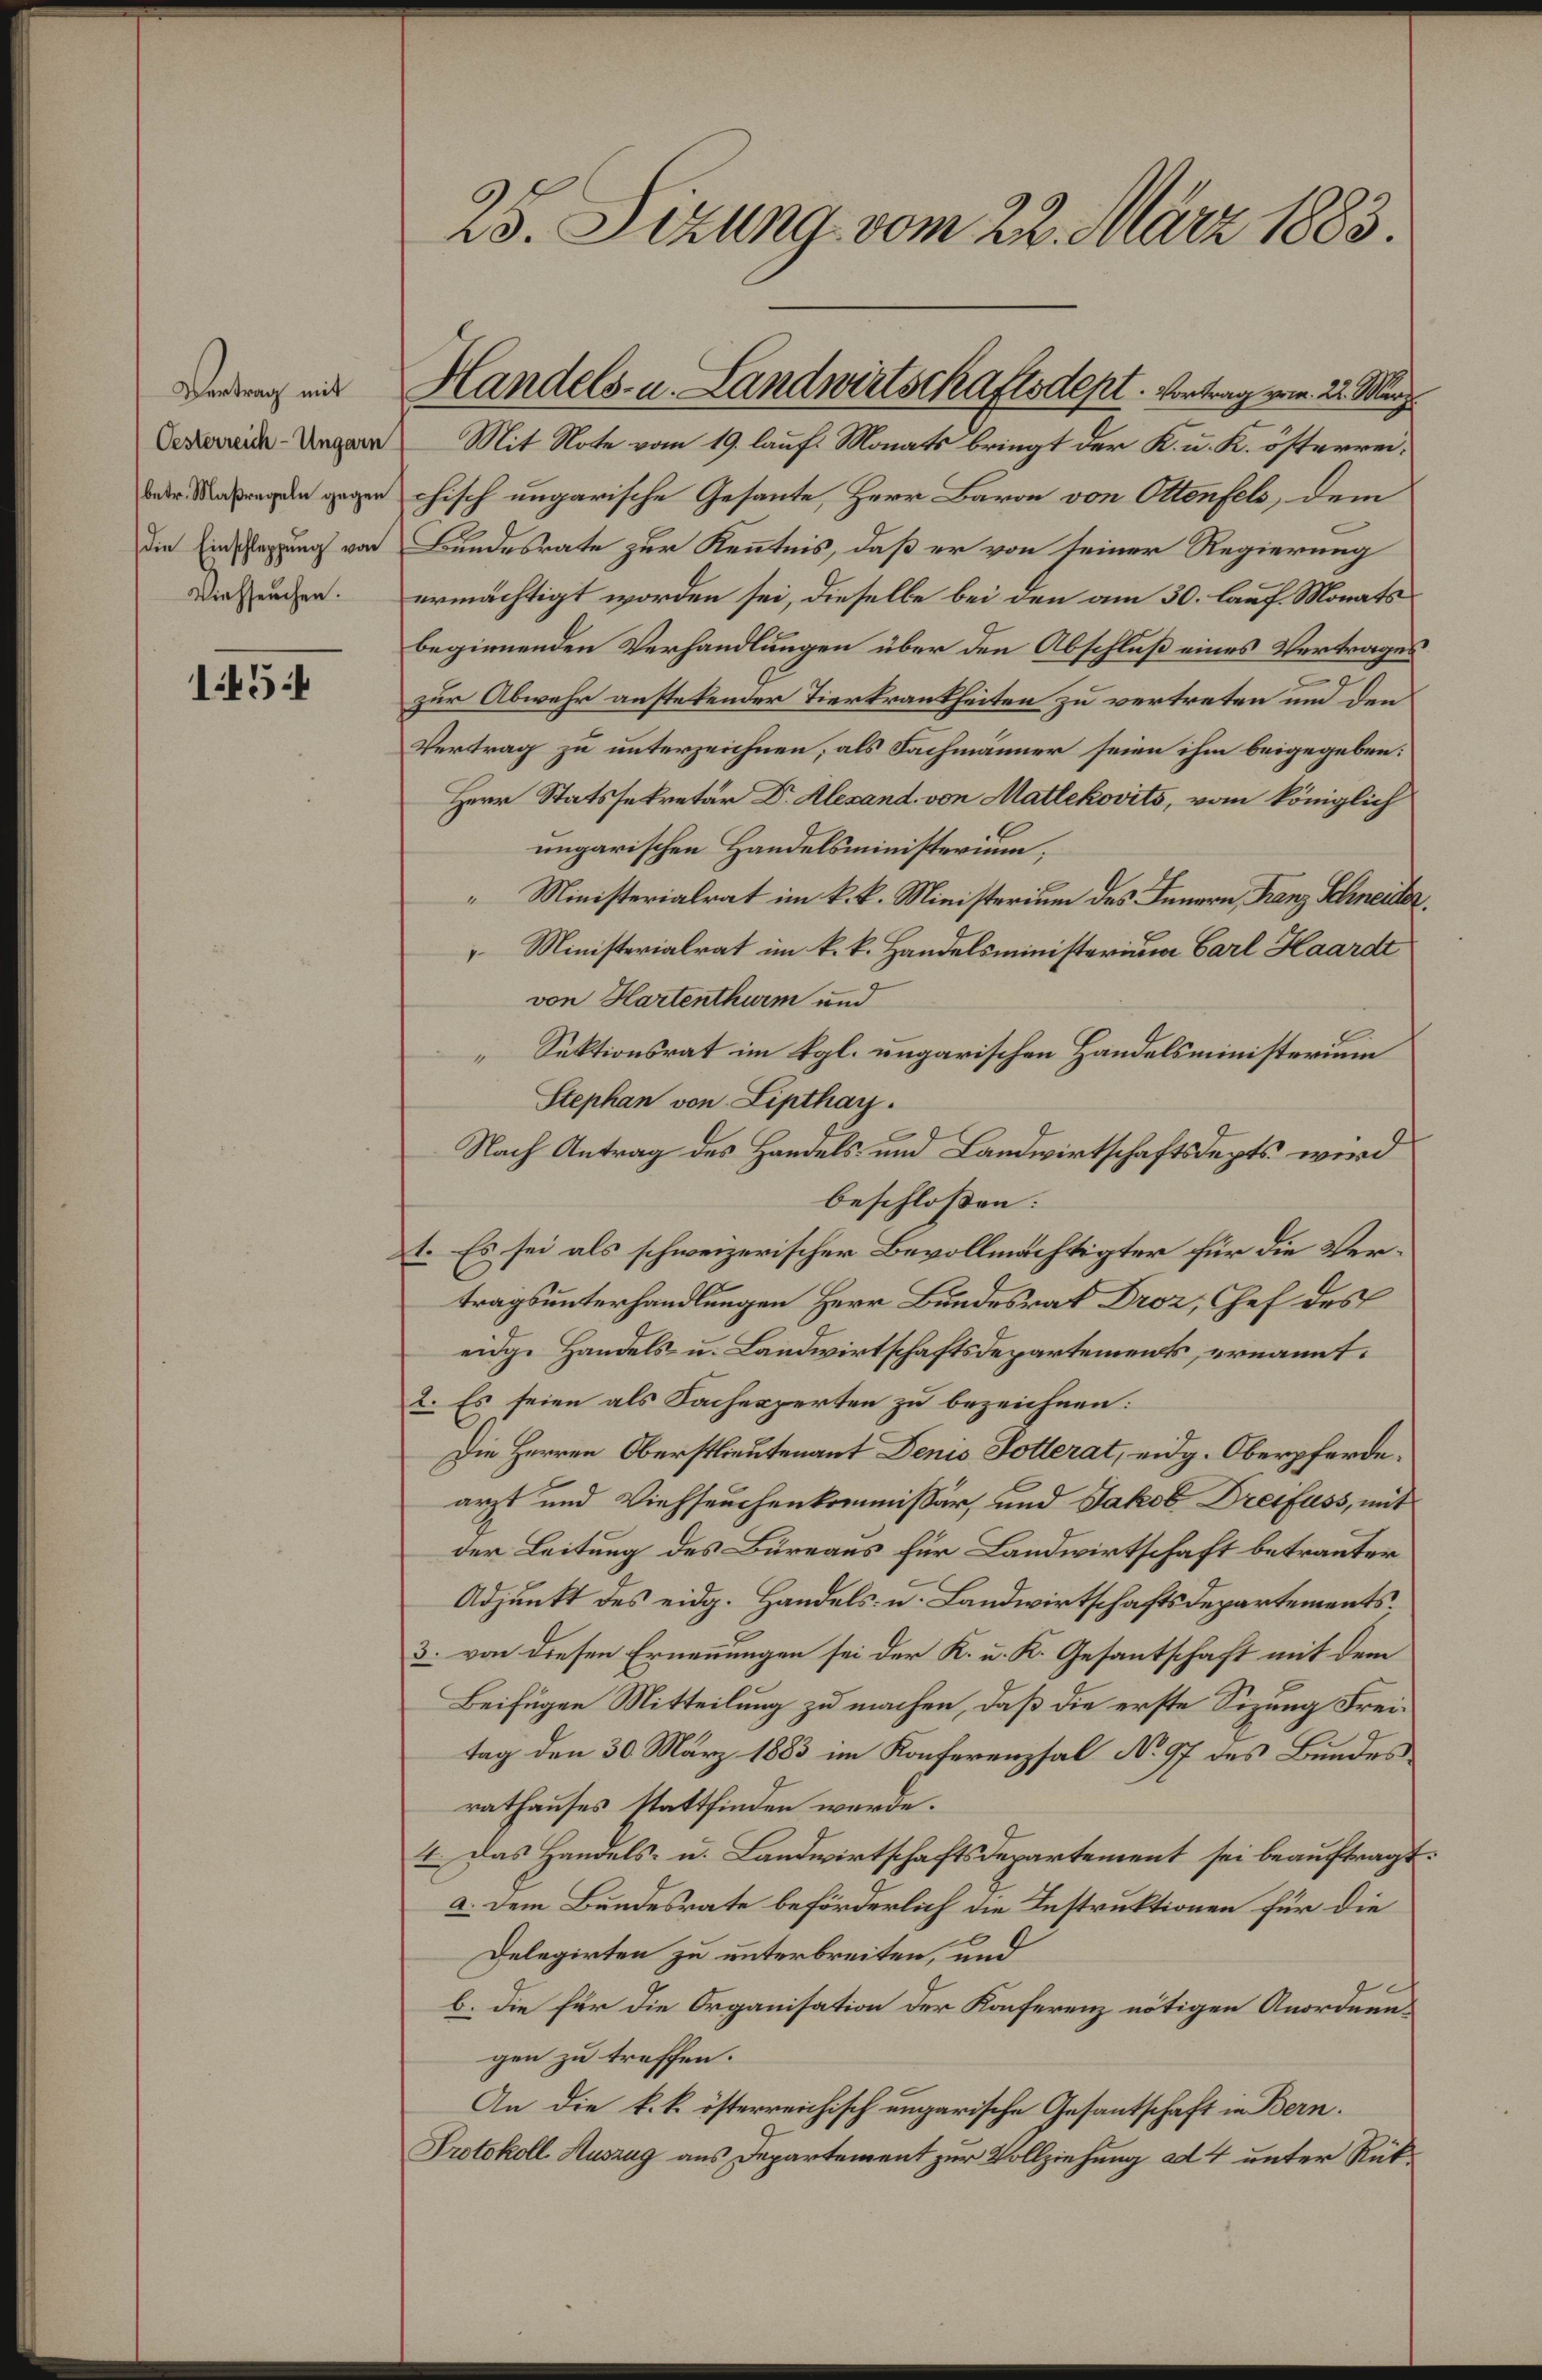
25. Sizung vom 22. März 1883.
Vertrag mit
Oesterreich-Ungarn
betr. Maßregeln gegen
die Einschleppung von
Viehseuchen.
1454
Handels- u. Landwirtschaftsdept. Vortrag vom 22. März.
Mit Note vom 19. lauf. Monats bringt der K. u. K. österrei¬
chisch ungarische Gesante, Herr Baron von Ottenfels, dem
Bundesrate zur Ken̄tnis, daß er von seiner Regierung
ermächtigt worden sei, dieselbe bei den am 30. lauf. Monats
beginnenden Verhandlungen über den Abschluß eines Vertrages
zur Abwehr anstekender Tierkrankheiten zu vertreten und den
Vertrag zu unterzeichnen; als Fachmänner seien ihm beigegeben:
Herr Statssekretär Dr. Alexand. von Matlekovits, vom königlich
ungarischen Handelsministerium;
" Ministerialrat im k.k. Ministerium des Innern, Franz Schneider.
" Ministerialrat im k.k. Handelsministerium Carl Haardt
von Hartenthurm und
" Sektionsrat im kgl. ungarischen Handelsministerium
Stephan von Lipthay.
Nach Antrag des Handels- und Landwirtschaftsdepts. wird
beschloßen:
1. Es sei als schweizerischer Bevollmächtigter für die Ver¬
tragsunterhandlungen Herr Bundesrat Droz, Chef des
eidg. Handels- u. Landwirtschaftsdepartements, ernannt.
2. Es seien als Fachexperten zu bezeichnen:
Die Herren Oberstlieutenant Denis Potterat, eidg. Oberpferde¬
arzt und Viehseuchenkommissär, und Jakob Dreifuss, mit
der Leitung des Büreaus für Landwirtschaft betrauter
Adjunkt des eidg. Handels- u. Landwirtschaftsdepartements.
3. von diesen Ernen̄ungen sei der K. u. K. Gesantschaft mit dem
Beifügen Mitteilung zu machen, daß die erste Sizung Frei¬
tag den 30. März 1883 im Konferenzsal No. 97 des Bundes¬
rathauses stattfinden werde.
4. Das Handels- u. Landwirtschaftsdepartement sei beauftragt:
a. dem Bundesrate beförderlich die Instruktionen für die
Delegirten zu unterbreiten, und
b. die für die Organisation der Konferenz nötigen Anordnun¬
gen zu treffen.
An die k.k. österreichisch ungarische Gesantschaft in Bern.
Protokoll-Auszug ans Departement zur Vollziehung ad 4 unter Rük¬